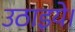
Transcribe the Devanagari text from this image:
उठाइये।